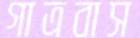
গাত্রবাস